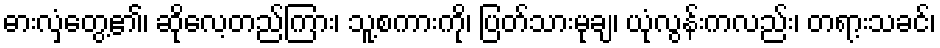
ဓားလှံတွေ့၏၊ ဆိုလေ့တည်ကြား၊ သူ့စကားကို၊ ပြတ်သားမုချ၊ ယုံလွန်းကလည်း၊ တရာ့းသခင်၊